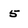
Character: 5